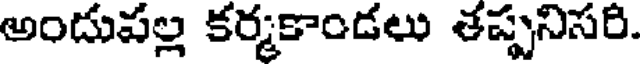
అందుపల్ల కర్మకాండలు తప్పనిసరి.